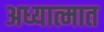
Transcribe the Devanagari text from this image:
अध्यात्मात